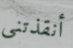
أنقذتني